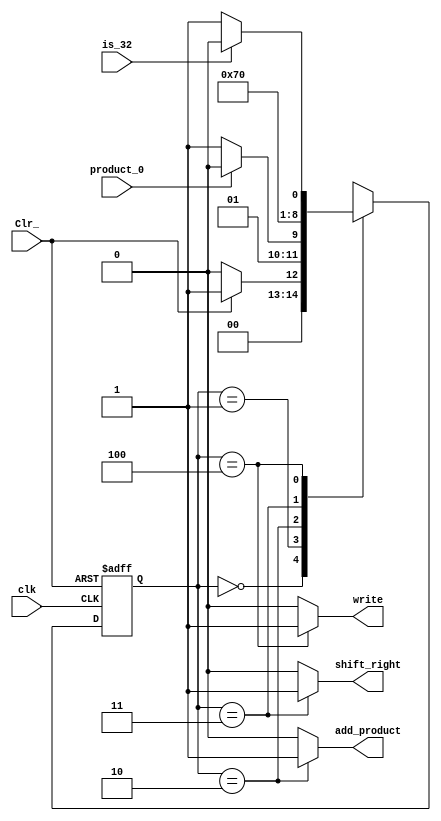
module my_fsm(
		product_0,
	  	is_32,
	 	Clr_,
		clk,
		add_product,
		shift_right,
		write
);


localparam 	A = 3'b000,
				B = 3'b001,
				C = 3'b010,
				D = 3'b011,
				E = 3'b100;
				
reg [2:0] present_state;
reg [2:0] next_state;
input product_0, is_32, Clr_, clk;
output reg add_product, shift_right, write;

always @(present_state, product_0, is_32, Clr_)
	case(present_state)
		A: if	(Clr_)		next_state = B;
			else 				next_state = A;
		B: if	(product_0)	next_state = C;
			else 				next_state = D;			
		C: 					next_state = D;
		D: 					next_state = E;
		E: if	(is_32)		next_state = A;
			else 				next_state = B;
		default:				next_state =3'bXXX;
	endcase


always @(negedge Clr_, posedge clk)
	if(!Clr_)	present_state <= A;
	else			present_state <= next_state;

always @(present_state)
	case(present_state)
		C:			begin
					add_product = 1;
					shift_right = 0;
					write = 0;
					end
		D:			begin
					shift_right	= 1;
					add_product = 0;
					write = 0;
					end
		E:			begin
					write = 1;
					add_product = 0;
					shift_right = 0;
					end
		default:	begin
					add_product = 0;
					shift_right = 0;
					write = 0;
					end
	endcase
	
endmodule






























/*wire not_s2, not_s1, not_s0, not_is_32, not_product0;
wire n1;
wire n0_1, n0_2, n0_3, n0_4;

not(not_s2, present_state[2]);
and(next_state[2], present_state[2], present_state[1], present_state[0]); //calculates n2

xor1 my_xor(n1, present_state[1], present_state[0]);
and(next_state[1], not_s2, n1); //calculates n1

not(not_s1, present_state[1]);
not(not_s0, present_state[0]);
and(n0_1, not_s2, not_s1, not_s0, Clr_);
not(not_product0, product0);
and(n0_2, not_s2, not_s1, present_state[0], not_product0);
and(n0_3, not_s2, not_s0, present_state[1]);
not(not_is_32, is_32);
and(n0_4, present_state[2], not_s1, not_s0, not_is_32);
or(next_state[0], n0_1, n0_2, n0_3, n0_4); //calculates n0

and(add_product, not_s2, present_state[1], not_s0); //calculates AP

and(shift_right, not_s2, present_state[1], present_state[0]); //calculates SR

and(write, present_state[2], not_s1, not_s0); //calculates write
				
	always  @(posedge clk, negedge Clr_)
		begin	
			if(!Clr_)
				present_state <= 3'b000;
				
			else 
				present_state <= next_state;
	end

endmodule*/